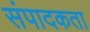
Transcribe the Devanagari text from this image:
संपादकता